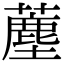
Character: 薼